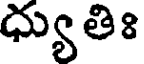
ధ్యుతిః